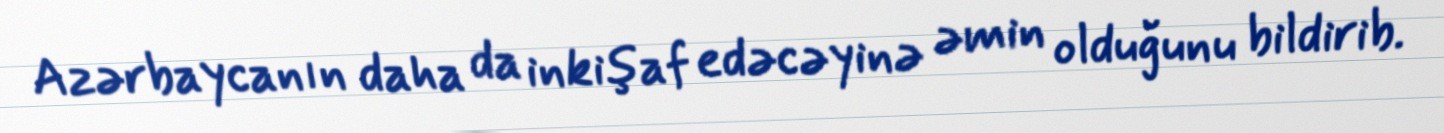
Azərbaycanın daha da inkişaf edəcəyinə əmin olduğunu bildirib.